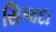
સિજદા